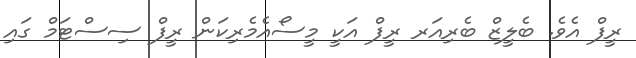
ރީފް އެވެ. ބެލީޒް ބެރިއަރ ރީފް އަކީ މީސޯއެމެރިކަން ރީފް ސިސްޓަމް ގައި